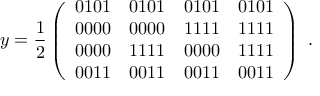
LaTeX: y = \frac { 1 } { 2 } \left( \begin{array} { c c c c } { { 0 1 0 1 } } & { { 0 1 0 1 } } & { { 0 1 0 1 } } & { { 0 1 0 1 } } \\ { { 0 0 0 0 } } & { { 0 0 0 0 } } & { { 1 1 1 1 } } & { { 1 1 1 1 } } \\ { { 0 0 0 0 } } & { { 1 1 1 1 } } & { { 0 0 0 0 } } & { { 1 1 1 1 } } \\ { { 0 0 1 1 } } & { { 0 0 1 1 } } & { { 0 0 1 1 } } & { { 0 0 1 1 } } \end{array} \right) \ .